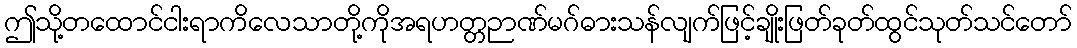
ဤသို့တထောင်ငါးရာကိလေသာတို့ကိုအရဟတ္တဉာဏ်မဂ်ဓားသန်လျက်ဖြင့်ချိုးဖြတ်ခုတ်ထွင်သုတ်သင်တော်